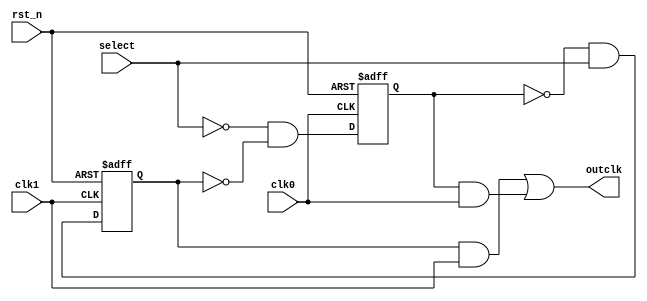
`timescale 1ns / 1ps
//////////////////////////////////////////////////////////////////////////////////
// Company: 
// Engineer: 
// 
// Design Name: 
// Module Name: glitch_free
// Project Name: 
// Target Devices: 
// Tool Versions: 
// Description: 
// 
// Dependencies: 
// 
// Revision:
// Revision 0.01 - File Created
// Additional Comments:
// 
//////////////////////////////////////////////////////////////////////////////////


module glitch_free(
    input   wire    clk0    ,
    input   wire    clk1    ,
    input   wire    select  ,
    input   wire    rst_n   ,

    output  wire    outclk
    );

    reg     out1;
    reg     out0;
    always @(negedge clk1 or negedge rst_n)begin
        if(rst_n == 1'b0)begin
            out1 <= 0;
        end
        else begin
            out1 <= ~out0 & select;
        end
    end
    always @(negedge clk0 or negedge rst_n)begin
        if(rst_n == 1'b0)begin
            out0 <= 0;
        end
        else begin
            out0 <= ~select & ~out1;
        end
    end
    
    assign outclk = (out1 & clk1) | (out0 & clk0);

endmodule




module glitch_free1 (
    input   wire    clk0    ,
    input   wire    clk1    ,
    input   wire    select  ,
    input   wire    rst_n   ,

    output  wire    outclk
);
 
    reg     out_r1;
    reg     out1;
    reg     out_r0;
    reg     out0;
 
 always @(posedge clk1 or negedge rst_n)begin
     if(rst_n == 1'b0)begin
         out_r1 <= 0;
     end
     else begin
         out_r1 <= ~out0 & select;
     end
 end
 
 always @(negedge clk1 or negedge rst_n)begin
     if(rst_n == 1'b0)begin
         out1 <= 0;
     end
     else begin
         out1 <= out_r1;
     end
 end
 
 always @(posedge clk0 or negedge rst_n)begin
     if(rst_n == 1'b0)begin
         out_r0 <= 0;
     end
     else begin
         out_r0 <= ~select & ~out1;
     end
 end
 
 always @(negedge clk0 or negedge rst_n)begin
     if(rst_n == 1'b0)begin
         out0 <= 0;
     end
     else begin
         out0 <= out_r0;
     end
 end
 
 assign outclk = (out1 & clk1) | (out0 & clk0);






endmodule